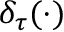
\delta _ { \tau } ( \cdot )